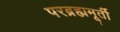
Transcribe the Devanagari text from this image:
परब्रह्ममूर्ती